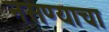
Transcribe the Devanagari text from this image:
नसण्याचा